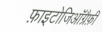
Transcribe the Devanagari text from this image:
फ़ाइटोजिऑग्रैफ़ी